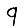
Digit: 9